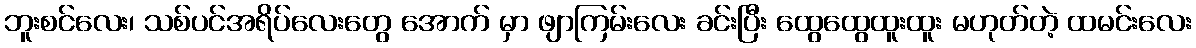
ဘူးစင်လေး၊ သစ်ပင်အရိပ်လေးတွေ အောက် မှာ ဖျာကြမ်းလေး ခင်းပြီး ထွေထွေထူးထူး မဟုတ်တဲ့ ထမင်းလေး